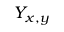
Y _ { x , y }